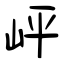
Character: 岼